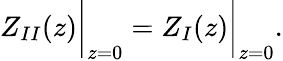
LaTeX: Z_{II}(z)\bigg\rvert_{z=0}=Z_{I}(z)\bigg\rvert_{z=0}.